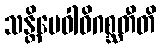
သန္တိမေဝါဓိဂစ္ဆတီတိ